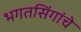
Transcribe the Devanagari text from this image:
भगतसिंगांचे